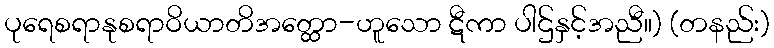
ပုရေစရာနုစရာဝိယာတိအတ္ထော-ဟူသော ဋီကာ ပါဌ်နှင့်အညီ။) (တနည်း)